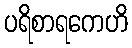
ပရိစာရကေဟိ